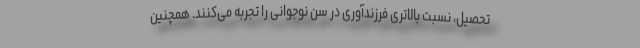
تحصیل، نسبت بالاتری فرزندآوری در سن نوجوانی را تجربه می‌کنند. همچنین